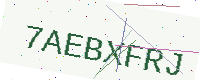
Text: 7AEBXFRJ